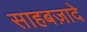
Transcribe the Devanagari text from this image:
साहबज़ादे